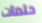
حلمات